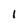
Character: 1